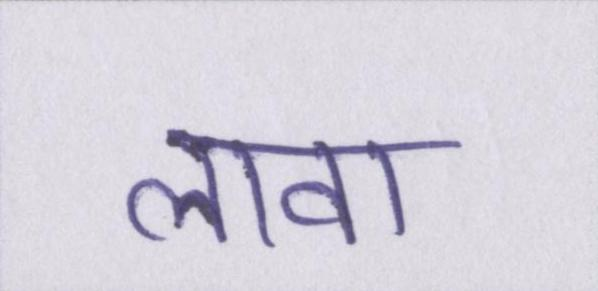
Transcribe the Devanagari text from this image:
लावा